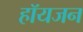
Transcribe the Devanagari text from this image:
हॉयजन